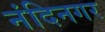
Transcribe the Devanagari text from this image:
नंदिनगर